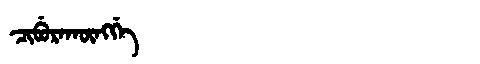
Manchu: ᠴᡳᠪᡠᡵᠠᡴᡡᠩᡤᡝ
Romanization: CIBURAKŪNGGE